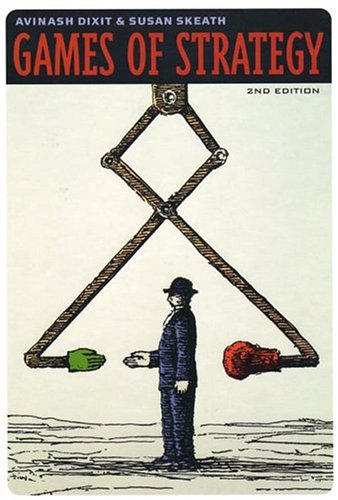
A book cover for Games of Strategy (Second Edition); Avinash K. Dixit; Science & Math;